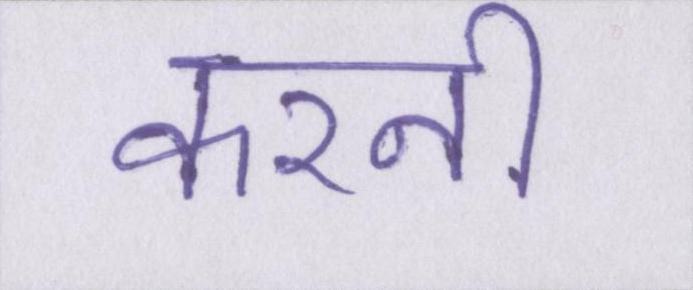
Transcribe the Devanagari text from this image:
करनी